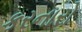
કરનારો